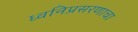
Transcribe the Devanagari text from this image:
ध्वनिप्रसरणाचा